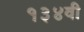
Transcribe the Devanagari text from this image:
१३४वी